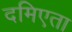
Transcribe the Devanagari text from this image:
दमिएता